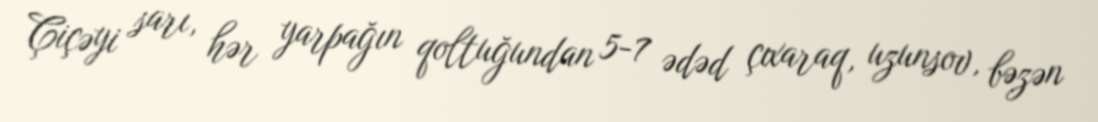
Çiçəyi sarı, hər yarpağın qoltuğundan 5-7 ədəd çıxaraq, uzunsov, bəzən